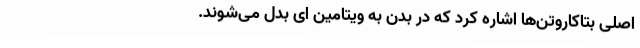
اصلی بتاکاروتن‌ها اشاره کرد که در بدن به ویتامین ای بدل می‌شوند.